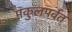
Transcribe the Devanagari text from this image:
मंकुलपर्वत